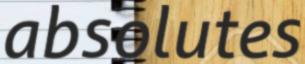
absolutes